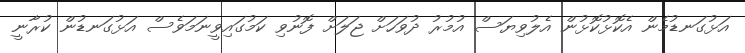
އަޅުގަނޑުމެން އެކޮޅުކޮޅުން އެލުވިޔަސް އުމުރު ދުވަހަށް ޖަލަށް ފޮނުވި ކަމުގައިވީނަމަވެސް އަޅުގަނޑުން ކުރާނީ